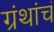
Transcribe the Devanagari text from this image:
ग्रंथांचं